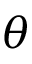
\theta